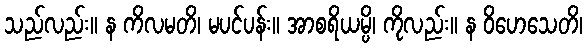
သည်လည်း။ န ကိလမတိ၊ မပင်ပန်း။ အာစရိယမ္ပိ၊ ကိုလည်း။ န ဝိဟေသေတိ၊